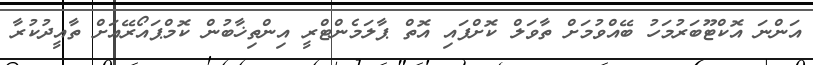
އަންނަ އޮކްޓޫބަރުމަހު ބޭއްވުމަށް ތާވަލް ކޮށްފައި އޮތް ޕާލަމެންޓްރީ އިންތިޚާބުން ކޮމްޕައޯރޭއަށް ތާއީދުކުރާ